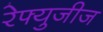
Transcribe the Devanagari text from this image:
रेफ्युजीज